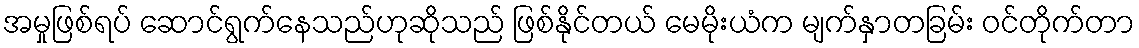
အမှုဖြစ်ရပ် ဆောင်ရွက်နေသည်ဟုဆိုသည် ဖြစ်နိုင်တယ် မေမိုးယံက မျက်နှာတခြမ်း ဝင်တိုက်တာ